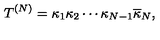
T ^ { ( N ) } = \kappa _ { 1 } \kappa _ { 2 } \cdots \kappa _ { N - 1 } \overline { { \kappa } } _ { N } ,